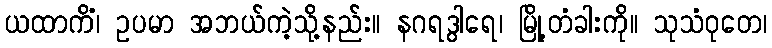
ယထာကိံ၊ ဥပမာ အဘယ်ကဲ့သို့နည်း။ နဂရဒွါရေ၊ မြို့တံခါးကို။ သုသံဝုတေ၊